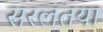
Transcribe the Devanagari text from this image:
सरलतया